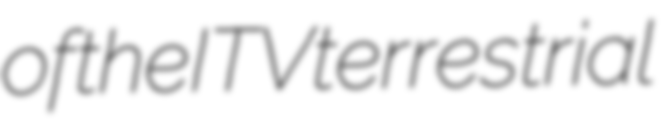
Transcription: of the ITV terrestrial